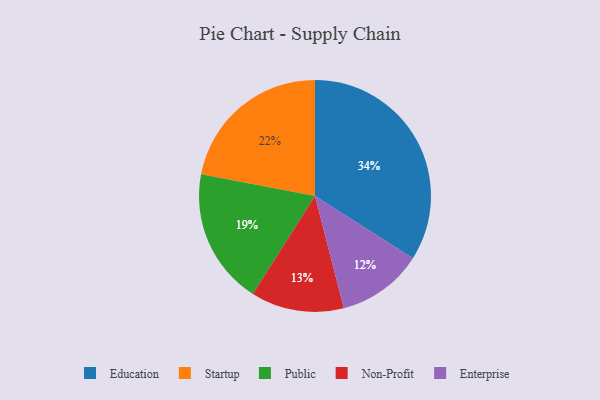
{"axis": {"x": "Category", "y": "Percentage"}, "legend": ["Education", "Enterprise", "Non-Profit", "Public", "Startup"], "data": [{"x": "Enterprise", "y": 12, "type": "Enterprise"}, {"x": "Non-Profit", "y": 13, "type": "Non-Profit"}, {"x": "Education", "y": 34, "type": "Education"}, {"x": "Startup", "y": 22, "type": "Startup"}, {"x": "Public", "y": 19, "type": "Public"}]}